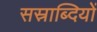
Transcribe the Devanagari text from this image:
सस्राब्दियों